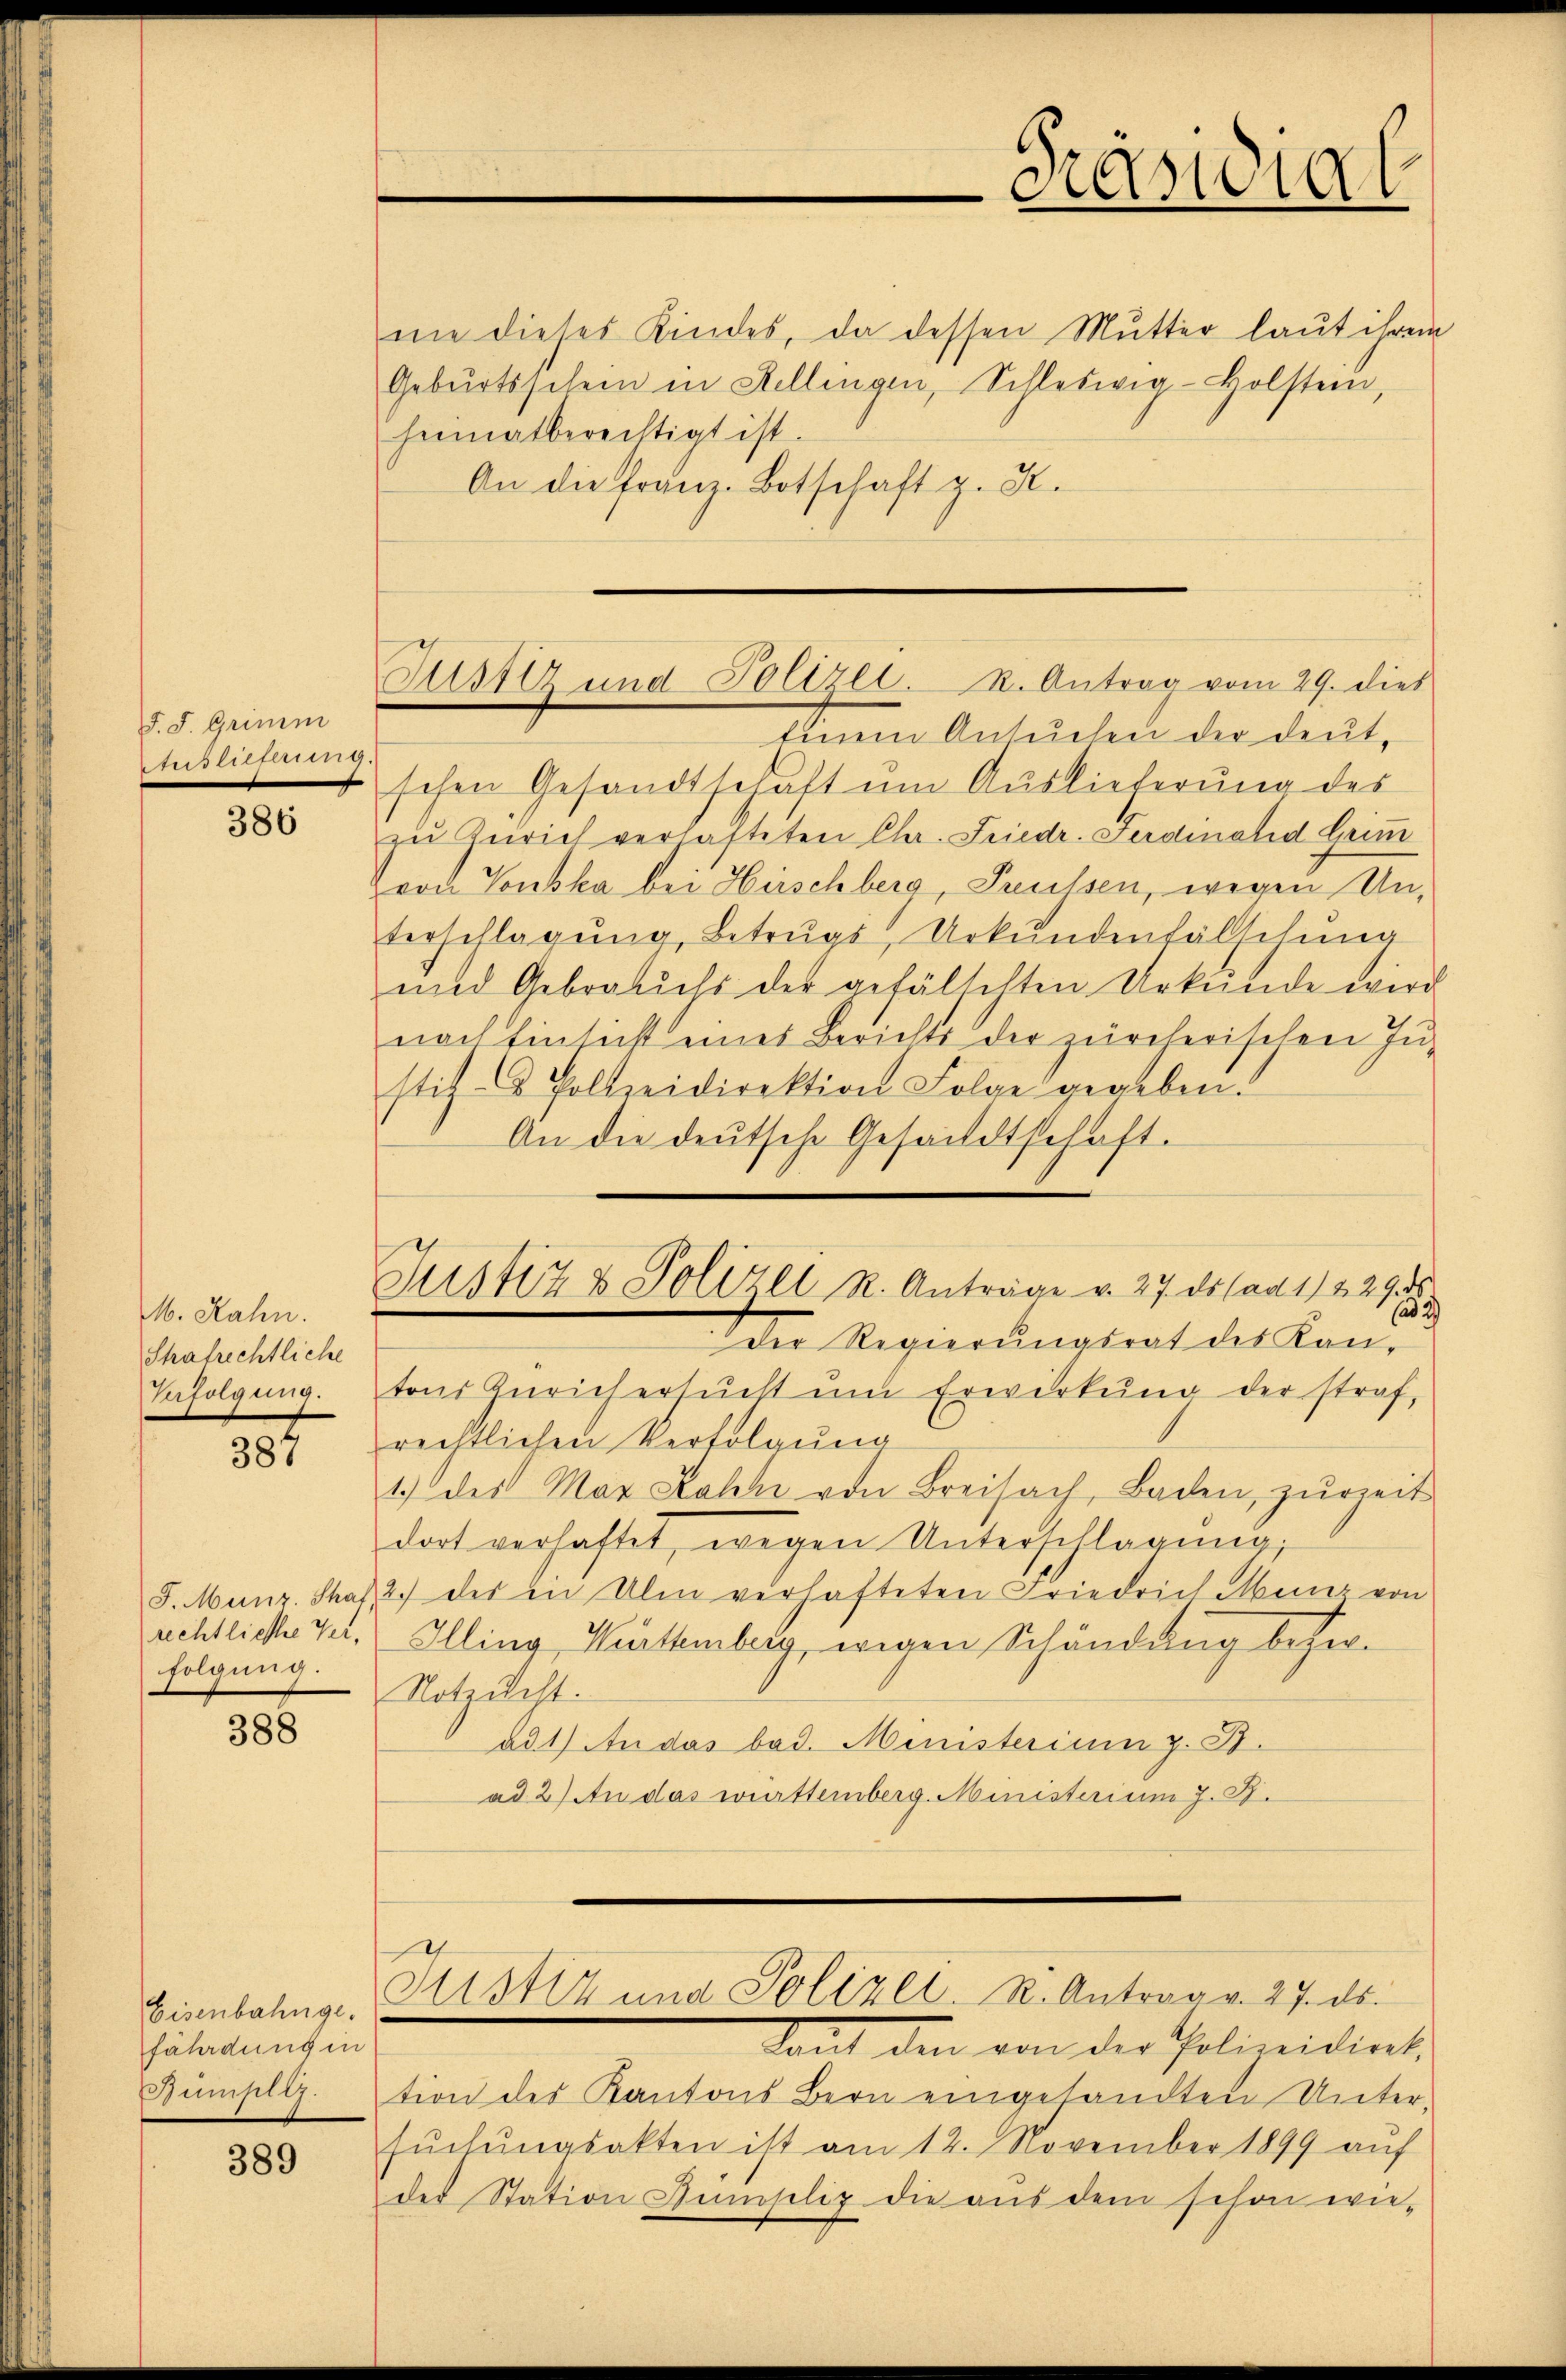
F. J. Grimm
Auslichun

386

M. Rahn.
Strafrechtliche
Verfolgung.

1

J. Münz. Schaf
rechtliche Verfolgung.

388

Eisenbahnge-
fährdung in

389

Justiz und Polizei. R. Antrag vom 29. dies
Einem Ansuchen der deut-

nie dieses Kindes, da dessen Mutter laut ihrem
Gebŭrtsschein in Stellingen, Schleswig-Holstein,
heimatberechtigt ist.
An die Franz-Botschaft z. K.

dester

Justiz und Polizei. K. Antrag v. 27. ds.

tant den von der Polinitiat
Bümpletion des Kantons Bern eingesandten Unter-
sŭchŭngsakten ist am 12. November 1899 aŭf
der Station Humseliz die aus dem schon wie¬

schen Gesandtschaft um Auslieferung des
zu Zürich verhafteten Chr. Friedr. Ferdinand Geim
von Tonska bei Hirschberg, Preussen, wegen Unterschlagung, Betrugs, Urkundenfälschung
und Gebrauchs der gefälschten Urkunde wird
nach Einsicht eines Berichts der zürcherischen In-
stiz- & Polizeidirektion Folge gegeben.
An die deutsche Gesandtschaft.
Justiz & Polizei R. Anträge v. 27. ds. ad 1. 229. ds.
(ad 2.)
Der Regierungsrat des Kantons Zürich ersucht ŭm Erwirkung der straf,
rechtlichen Verfolgŭng
1.) des Max Zahl von Breisach, Baden, zurzeit
dort verhaftet, wegen Unterschlagung,
2.) des in Ulm verhafteten Friedrich uns von
Illing, Kuthenberg, wegen Schändung beher¬
Notzucht.
ad 1) An das bad. Ministerium z. B.
ad 2) An das württemberg. Ministerium J. J.